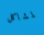
لمشاكل